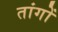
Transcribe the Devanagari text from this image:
तांगों